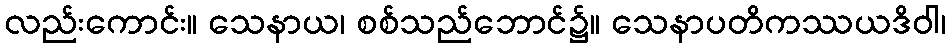
လည်းကောင်း။ သေနာယ၊ စစ်သည်ဘောင်၌။ သေနာပတိကဿယဒိဝါ၊